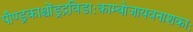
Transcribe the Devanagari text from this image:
पौण्ड्रकाश्चोंड्रद्रविडाःकाम्बोजायवनाशकाः